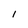
Character: l